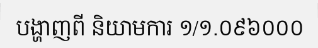
បង្ហាញពី និយាមការ ១/១.០៩៦០០០